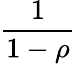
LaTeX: \frac{1}{1-\rho}